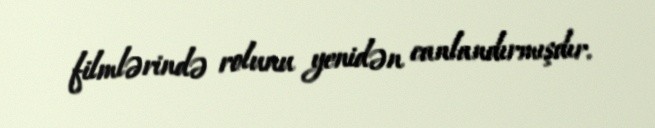
filmlərində rolunu yenidən canlandırmışdır.